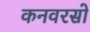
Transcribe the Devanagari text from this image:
कनवरसो